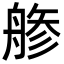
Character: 𦩔